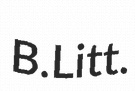
B.Litt.